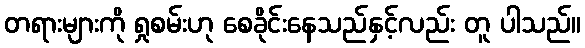
တရားများကို ရှုစမ်းဟု စေခိုင်းနေသည်နှင့်လည်း တူ ပါသည်။